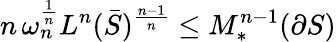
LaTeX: n\, \omega_{n}^{\frac{1}{n}}L^{n}({\bar{S}})^{\frac{n-1}{n}}\leq M_{*}^{n-1}(\partial S)